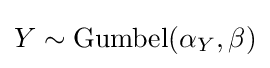
Y\sim \mathrm {Gumbel} (\alpha _{Y},\beta )